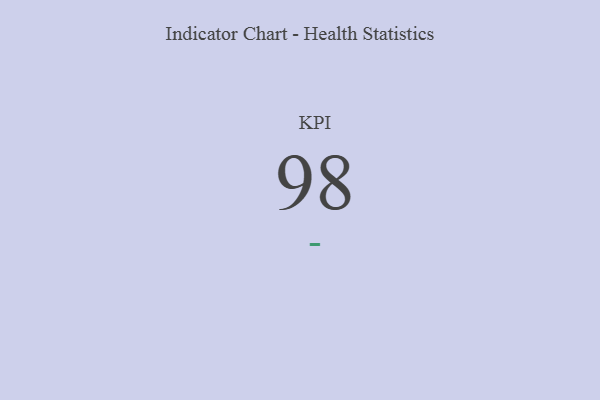
{"axis": {"x": "KPI", "y": "Value"}, "legend": [""], "data": [{"x": "KPI", "y": 98, "type": ""}]}